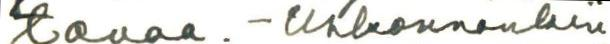
tavaa. - Uskonnonkin